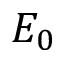
E _ { 0 }